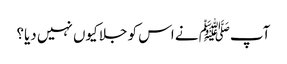
آپﷺ نے اس کو جلا کیوں نہیں دیا؟